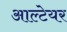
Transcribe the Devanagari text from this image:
आल्टेयर